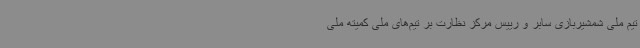
تیم ملی شمشیربازی سابر و رییس مرکز نظارت بر تیم‌های ملی کمیته ملی